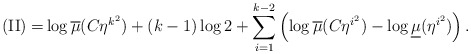
\begin{align*}\mathrm{(II)=}\log\overline{\mu}(C\eta^{k^{2}})+(k-1)\log2+\sum_{i=1}^{k-2}\left( \log\overline{\mu}(C\eta^{i^{2}})-\log\underline{\mu}(\eta^{i^{2}})\right) . \end{align*}